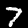
Digit: 7